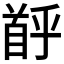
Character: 𫗶